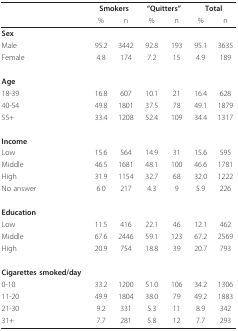
<table><thead><tr><td></td><td colspan="2"><b>Smokers</b></td><td colspan="2"><b>&quot;Quitters&quot;</b></td><td colspan="2"><b>Total</b></td></tr><tr><td></td><td><b>%</b></td><td><b>n</b></td><td><b>%</b></td><td><b>n</b></td><td><b>%</b></td><td><b>n</b></td></tr></thead><tbody><tr><td><b>Sex</b></td><td></td><td></td><td></td><td></td><td></td><td></td></tr><tr><td>Male</td><td>95.2</td><td>3442</td><td>92.8</td><td>193</td><td>95.1</td><td>3635</td></tr><tr><td>Female</td><td>4.8</td><td>174</td><td>7.2</td><td>15</td><td>4.9</td><td>189</td></tr><tr><td><b>Age</b></td><td></td><td></td><td></td><td></td><td></td><td></td></tr><tr><td>18-39</td><td>16.8</td><td>607</td><td>10.1</td><td>21</td><td>16.4</td><td>628</td></tr><tr><td>40-54</td><td>49.8</td><td>1801</td><td>37.5</td><td>78</td><td>49.1</td><td>1879</td></tr><tr><td>55+</td><td>33.4</td><td>1208</td><td>52.4</td><td>109</td><td>34.4</td><td>1317</td></tr><tr><td><b>Income</b></td><td></td><td></td><td></td><td></td><td></td><td></td></tr><tr><td>Low</td><td>15.6</td><td>564</td><td>14.9</td><td>31</td><td>15.6</td><td>595</td></tr><tr><td>Middle</td><td>46.5</td><td>1681</td><td>48.1</td><td>100</td><td>46.6</td><td>1781</td></tr><tr><td>High</td><td>31.9</td><td>1154</td><td>32.7</td><td>68</td><td>32.0</td><td>1222</td></tr><tr><td>No answer</td><td>6.0</td><td>217</td><td>4.3</td><td>9</td><td>5.9</td><td>226</td></tr><tr><td><b>Education</b></td><td></td><td></td><td></td><td></td><td></td><td></td></tr><tr><td>Low</td><td>11.5</td><td>416</td><td>22.1</td><td>46</td><td>12.1</td><td>462</td></tr><tr><td>Middle</td><td>67.6</td><td>2446</td><td>59.1</td><td>123</td><td>67.2</td><td>2569</td></tr><tr><td>High</td><td>20.9</td><td>754</td><td>18.8</td><td>39</td><td>20.7</td><td>793</td></tr><tr><td><b>Cigarettes smoked/day</b></td><td></td><td></td><td></td><td></td><td></td><td></td></tr><tr><td>0-10</td><td>33.2</td><td>1200</td><td>51.0</td><td>106</td><td>34.2</td><td>1306</td></tr><tr><td>11-20</td><td>49.9</td><td>1804</td><td>38.0</td><td>79</td><td>49.2</td><td>1883</td></tr><tr><td>21-30</td><td>9.2</td><td>331</td><td>5.3</td><td>11</td><td>8.9</td><td>342</td></tr><tr><td>31+</td><td>7.7</td><td>281</td><td>5.8</td><td>12</td><td>7.7</td><td>293</td></tr></tbody></table>